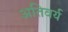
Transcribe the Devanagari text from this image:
अतिवर्य